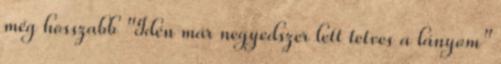
még hosszabb "Idén már negyedszer lett tetves a lányom"